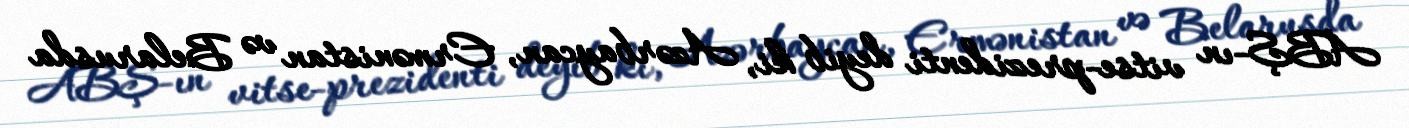
ABŞ-ın vitse-prezidenti deyib ki, Azərbaycan, Ermənistan və Belarusda